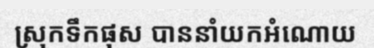
ស្រុកទឹកផុស បាននាំយកអំណោយ